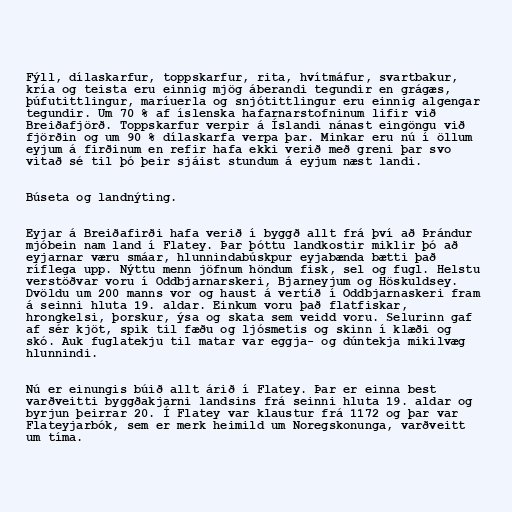
Fýll, dílaskarfur, toppskarfur, rita, hvítmáfur, svartbakur,
kría og teista eru einnig mjög áberandi tegundir en grágæs,
þúfutittlingur, maríuerla og snjótittlingur eru einnig algengar
tegundir. Um 70 % af íslenska hafarnarstofninum lifir við
Breiðafjörð. Toppskarfur verpir á Íslandi nánast eingöngu við
fjörðin og um 90 % dílaskarfa verpa þar. Minkar eru nú í öllum
eyjum á firðinum en refir hafa ekki verið með greni þar svo
vitað sé til þó þeir sjáist stundum á eyjum næst landi.

Búseta og landnýting.

Eyjar á Breiðafirði hafa verið í byggð allt frá því að Þrándur
mjóbein nam land í Flatey. Þar þóttu landkostir miklir þó að
eyjarnar væru smáar, hlunnindabúskpur eyjabænda bætti það
ríflega upp. Nýttu menn jöfnum höndum fisk, sel og fugl. Helstu
verstöðvar voru í Oddbjarnarskeri, Bjarneyjum og Höskuldsey.
Dvöldu um 200 manns vor og haust á vertíð í Oddbjarnaskeri fram
á seinni hluta 19. aldar. Einkum voru það flatfiskar,
hrongkelsi, þorskur, ýsa og skata sem veidd voru. Selurinn gaf
af sér kjöt, spik til fæðu og ljósmetis og skinn í klæði og
skó. Auk fuglatekju til matar var eggja- og dúntekja mikilvæg
hlunnindi.

Nú er einungis búið allt árið í Flatey. Þar er einna best
varðveitti byggðakjarni landsins frá seinni hluta 19. aldar og
byrjun þeirrar 20. Í Flatey var klaustur frá 1172 og þar var
Flateyjarbók, sem er merk heimild um Noregskonunga, varðveitt
um tíma.